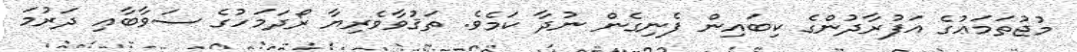
މުޖުތަމަޢުގެ އަފުރާދުންގެ ކިބައިން ފެނިގެން ނުދާ ކަމެވެ. ތަޤުވާވެރިޔާ ރޯދަމަހުގެ ސަވާބާއި ދަރުމަ